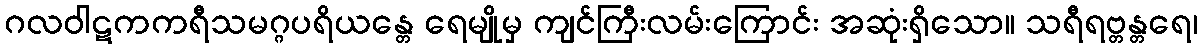
ဂလဝါဋကကရီသမဂ္ဂပရိယန္တေ ရေမျိုမှ ကျင်ကြီးလမ်းကြောင်း အဆုံးရှိသော။ သရီရဗ္တန္တရေ၊